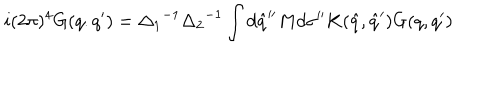
i ( 2 \pi ) ^ { 4 } G ( q . q ^ { \prime } ) = { \Delta _ { 1 } } ^ { - 1 } { \Delta _ { 2 } } ^ { - 1 } \int d { \hat { q } } ^ { \prime \prime } M d { \sigma } ^ { \prime \prime } K ( { \hat { q } } , { \hat { q } ^ { \prime } } ) G ( q , q ^ { \prime } )